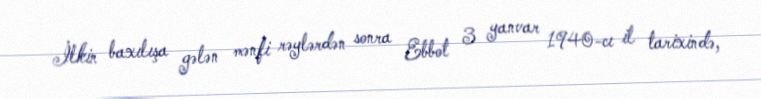
İlkin baxılışa gələn mənfi rəylərdən sonra Ebbot 3 yanvar 1940-cı il tarixində,